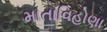
માતાવિહોણા